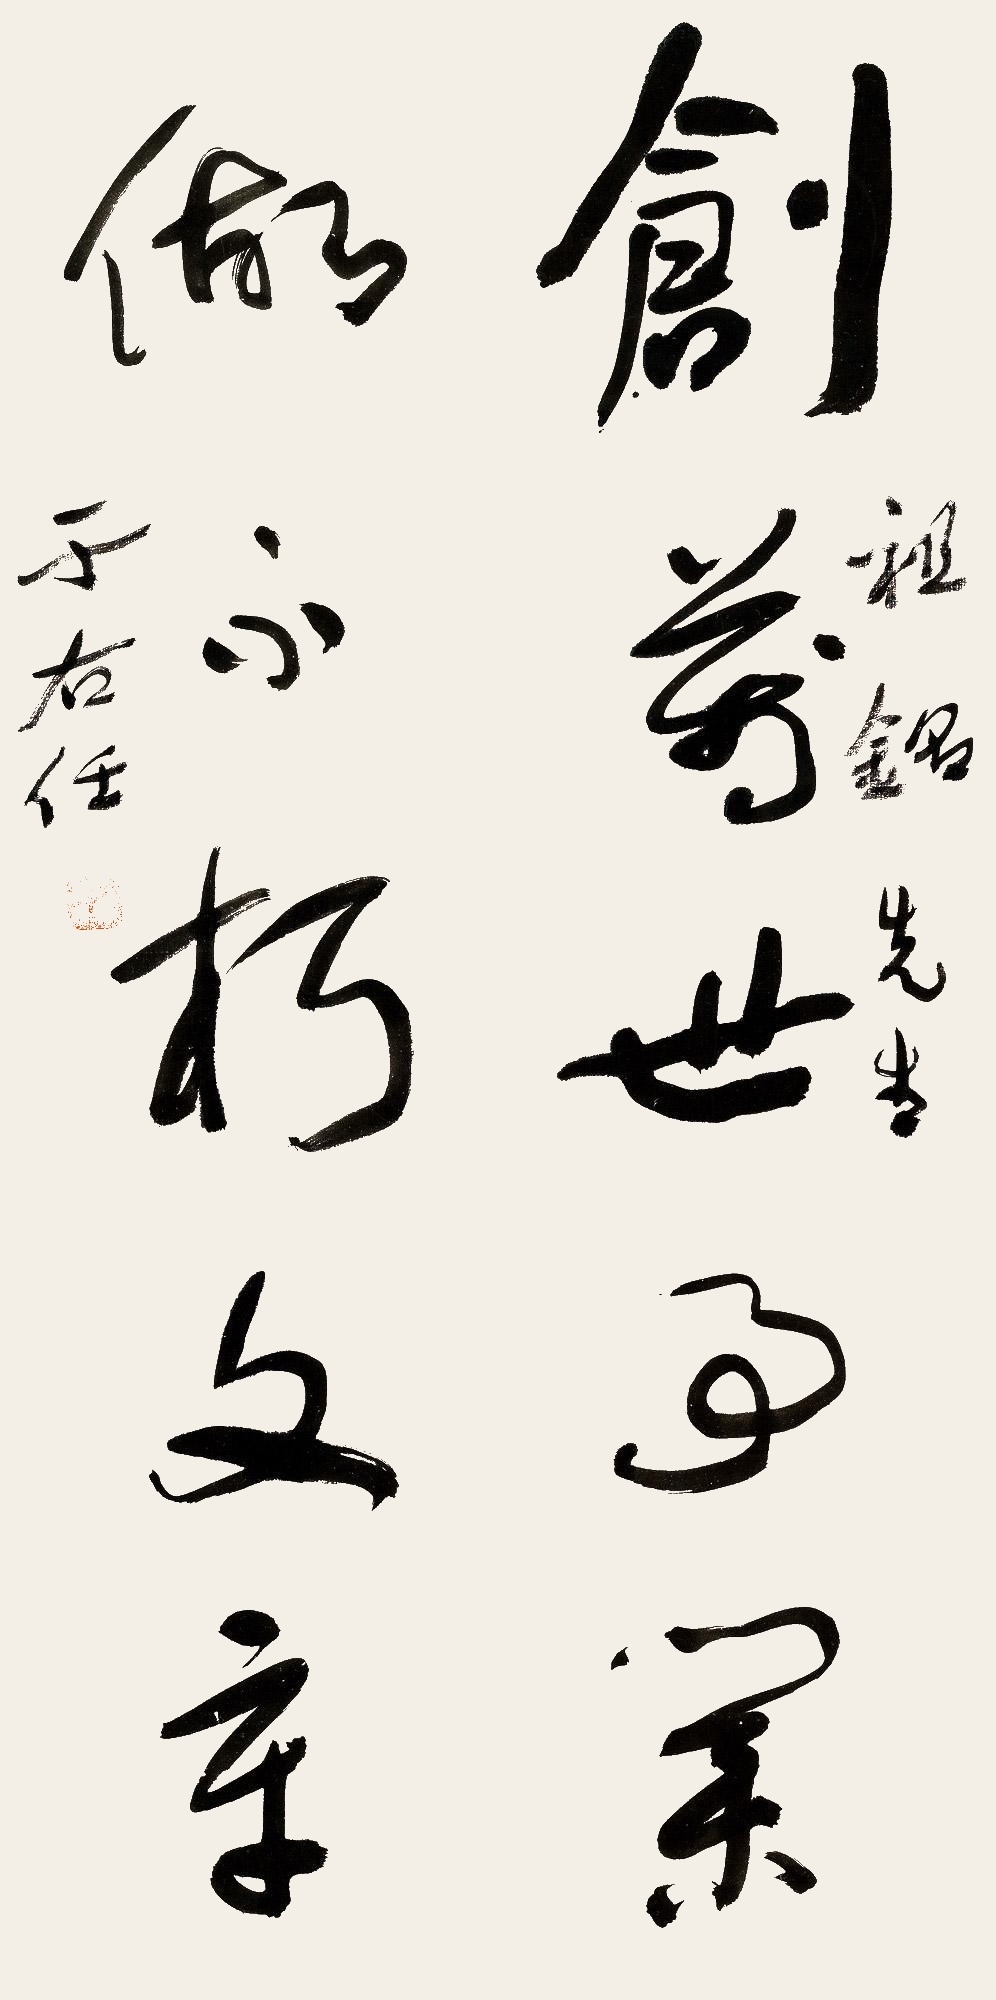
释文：创万世事业，做不朽文章。祖铭先生，于右任。